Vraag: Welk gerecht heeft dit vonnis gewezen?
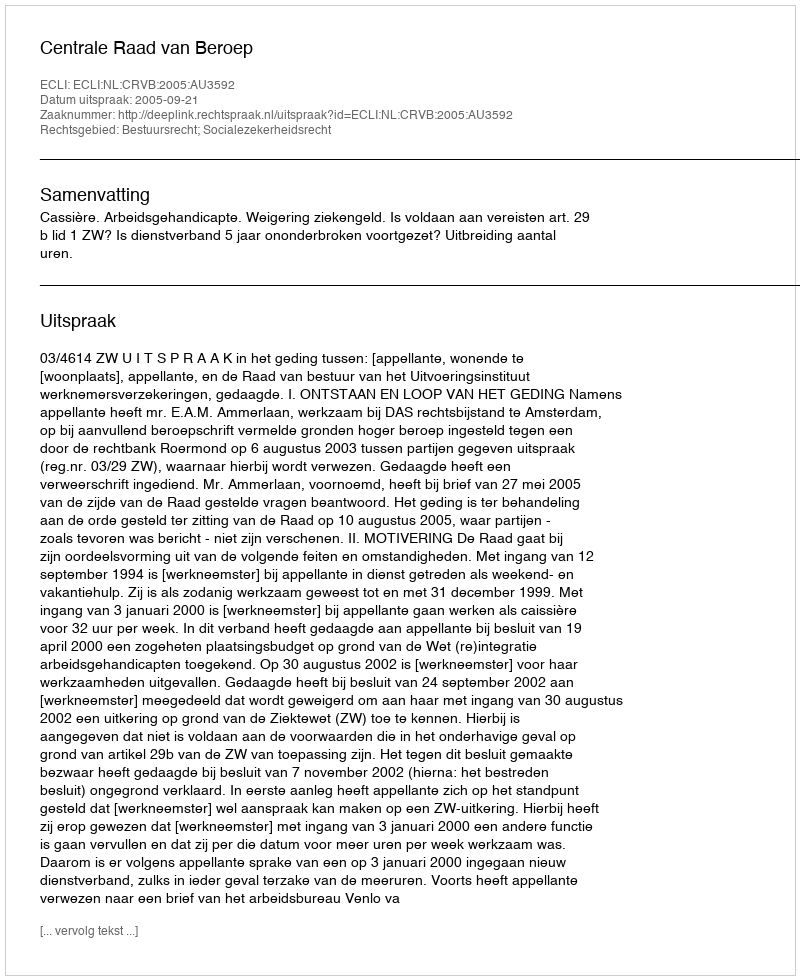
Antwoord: Centrale Raad van Beroep